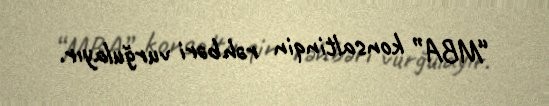
“MBA” konsaltinqin rəhbəri vurğulayır.